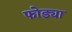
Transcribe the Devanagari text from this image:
फोड्या